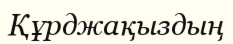
Құрджақыздың